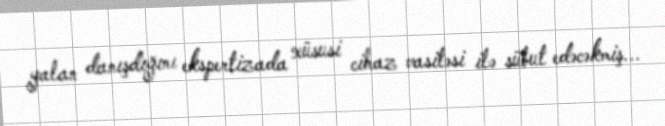
yalan danışdığını ekspertizada xüsusi cihaz vasitəsi ilə sübut edəcəkmiş...